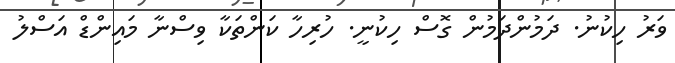
ވަރު ހިކުނު. ދަމުންދަމުން ގޮސް ހިކުނީ. ހުރިހާ ކަންތަކާ ވިސްނާ މައިންޑް އަސްލު